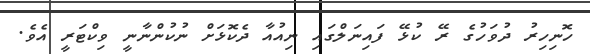
ހޮނިހިރު ދުވަހުގެ ރޭ ކުޅޭ ފައިނަލްގައި ނިއުއާ ދެކޮޅަށް ނުކުންނާނީ ވިކްޓަރީ އެވެ.